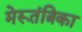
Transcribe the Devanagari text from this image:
मेरूतंत्रिका